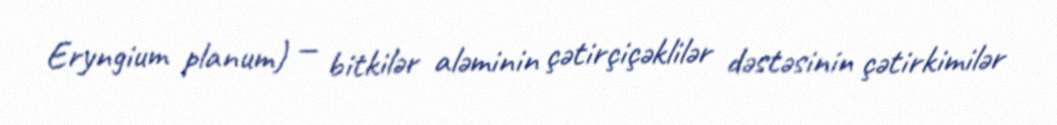
Eryngium planum) — bitkilər aləminin çətirçiçəklilər dəstəsinin çətirkimilər